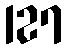
127